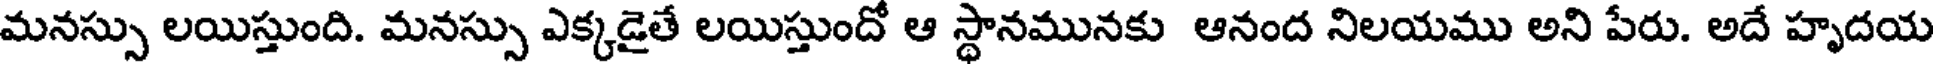
మనస్సు లయిస్తుంది. మనస్సు ఎక్కడైతే లయిస్తుందో ఆ స్థానమునకు ఆనంద నిలయము అని పేరు. అదే హృదయ